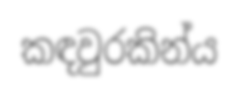
කඳවුරකින්ය